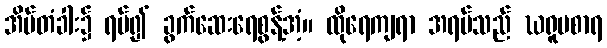
အိမ်တံခါး၌ ရပ်၍ ခွက်ဆေးရေစွန့်အံ့။ ထိုရေကျရာ အရပ်သည် ဃရူပစာရ